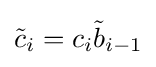
{\tilde {c}}_{i}=c_{i}{\tilde {b}}_{i-1}